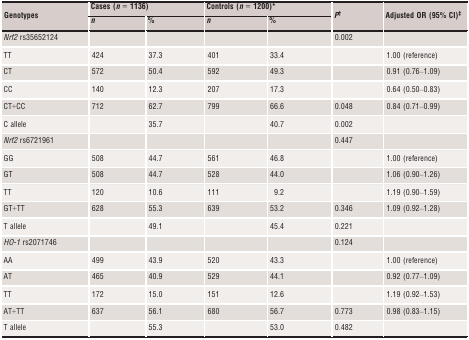
| <ROWSPAN=2> Genotypes | <COLSPAN=2> Cases (n = 1136) | <COLSPAN=2> Controls (n = 1200)a | <ROWSPAN=2> Pb | <ROWSPAN=2> Adjusted OR (95% CI)c |
 | n | % | n | % |
 | --- | --- | --- | --- | --- | --- | --- |
 | Nrf2 rs35652124 |  |  |  |  | 0.002 |  |
 | TT | 424 | 37.3 | 401 | 33.4 |  | 1.00 (reference) |
 | CT | 572 | 50.4 | 592 | 49.3 |  | 0.91 (0.76–1.09) |
 | CC | 140 | 12.3 | 207 | 17.3 |  | 0.64 (0.50–0.83) |
 | CT+CC | 712 | 62.7 | 799 | 66.6 | 0.048 | 0.84 (0.71–0.99) |
 | C allele |  | 35.7 |  | 40.7 | 0.002 |  |
 | Nrf2 rs6721961 |  |  |  |  | 0.447 |  |
 | GG | 508 | 44.7 | 561 | 46.8 |  | 1.00 (reference) |
 | GT | 508 | 44.7 | 528 | 44.0 |  | 1.06 (0.90–1.26) |
 | TT | 120 | 10.6 | 111 | 9.2 |  | 1.19 (0.90–1.59) |
 | GT+TT | 628 | 55.3 | 639 | 53.2 | 0.346 | 1.09 (0.92–1.28) |
 | T allele |  | 49.1 |  | 45.4 | 0.221 |  |
 | HO‐1 rs2071746 |  |  |  |  | 0.124 |  |
 | AA | 499 | 43.9 | 520 | 43.3 |  | 1.00 (reference) |
 | AT | 465 | 40.9 | 529 | 44.1 |  | 0.92 (0.77–1.09) |
 | TT | 172 | 15.0 | 151 | 12.6 |  | 1.19 (0.92–1.53) |
 | AT+TT | 637 | 56.1 | 680 | 56.7 | 0.773 | 0.98 (0.83–1.15) |
 | T allele |  | 55.3 |  | 53.0 | 0.482 |  |